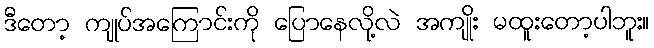
ဒီတော့ ကျုပ်အကြောင်းကို ပြောနေလို့လဲ အကျိုး မထူးတော့ပါဘူး။